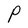
Character: P